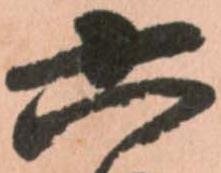
六